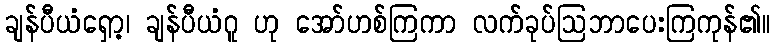
ချန်ပီယံရှော့၊ ချန်ပီယံဂူ ဟု အော်ဟစ်ကြကာ လက်ခုပ်ဩဘာပေးကြကုန်၏။